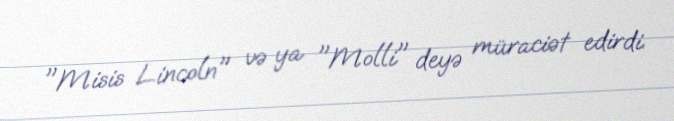
"Misis Lincoln" və ya "Molli" deyə müraciət edirdi.